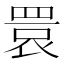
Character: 睘